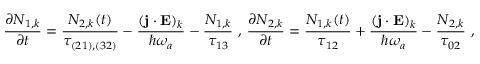
\frac { \partial N _ { 1 , k } } { \partial t } = \frac { N _ { 2 , k } ( t ) } { \tau _ { ( 2 1 ) , ( 3 2 ) } } - \frac { ( \mathbf { j } \cdot \mathbf { E } ) _ { k } } { \hbar \omega _ { a } } - \frac { N _ { 1 , k } } { \tau _ { 1 3 } } \mathrm { ~ , ~ } \frac { \partial N _ { 2 , k } } { \partial t } = \frac { N _ { 1 , k } ( t ) } { \tau _ { 1 2 } } + \frac { ( \mathbf { j } \cdot \mathbf { E } ) _ { k } } { \hbar \omega _ { a } } - \frac { N _ { 2 , k } } { \tau _ { 0 2 } } \mathrm { ~ , ~ }